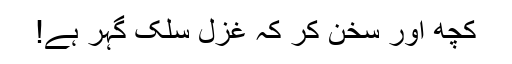
کچھ اور سخن کر کہ غزل سلکِ گہر ہے!